Lunatic asylums Central Provinces reports 1910-1926 - 1910-1926
Year: 1910
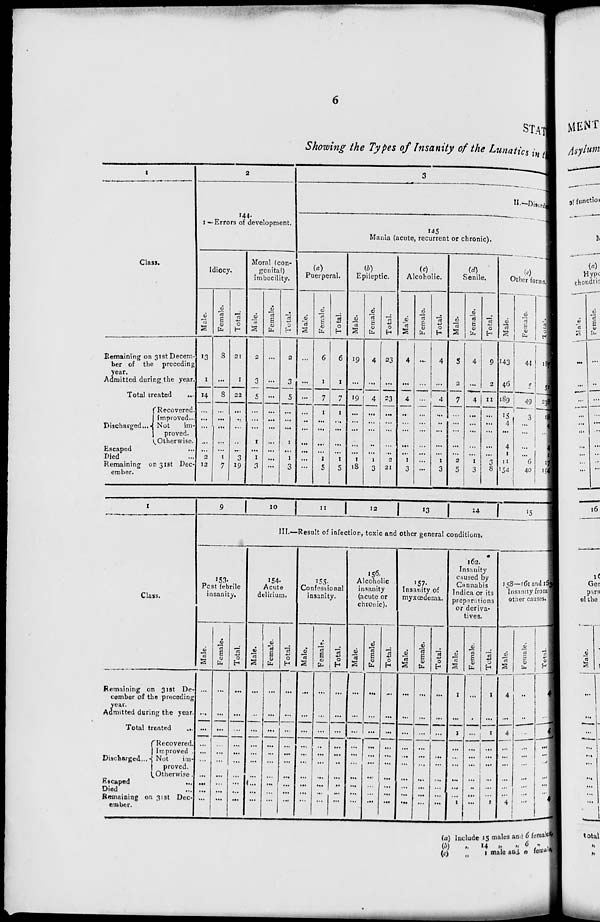
6
STATE
Showing the Types of Insanity of the Lunatics in the
1
Class.
Remaining on 31st Decem-
ber of the preceding
year.
Admitted during the year.
Total treated ...
Discharged...
Recovered.
Improved...
Not im-
proved.
Otherwise.
Escaped ...
Died ...
Remaining on 31st Dec-
ember.
2
144.
I —Errors of development.
Idiocy.
Male.
13
1
14
...
...
...
...
...
2
12
Female.
8
...
8
...
...
...
...
...
1
7
Total.
21
1
22
...
...
...
...
...
3
19
Moral (con-
genital)
imbecility.
Male.
2
3
5
...
...
...
1
...
1
3
Female.
...
...
...
...
...
...
...
...
...
...
Total.
2
3
5
...
...
...
1
...
1
3
3
II.—Disorder
145
Mania (acute, recurrent or chronic).
(a)
Puerperal.
Male.
...
...
...
...
..
...
...
...
...
...
Female.
6
1
7
1
...
...
...
...
1
5
Total.
6
1
7
1
...
...
...
...
1
5
(b)
Epileptic.
Male.
19
...
19
...
...
...
...
...
1
18
Female.
4
...
4
...
...
...
...
...
1
3
Total.
23
...
23
...
...
...
...
...
2
21
(c)
Alcoholic.
Male.
4
...
4
...
...
...
...
...
1
3
Female.
...
...
...
...
...
...
...
...
...
...
Total.
4
...
4
...
...
...
...
...
1
3
(d)
Senile.
Male.
5
2
7
...
...
...
...
...
2
5
Female.
4
...
4
...
...
...
...
...
1
3
Total.
9
2
11
...
...
...
...
...
3
8
(e)
Other forms.
Male.
143
46
189
15
4
...
4
1
11
154
Female.
44
5
49
3
...
...
...
...
6
40
Total.
187
51
238
18
4
4
1
17
194
1
Class.
Remaining on 31st De-
cember of the preceding
year.
Admitted during the year.
Total treated
...
Discharged...
Recovered.
Improved .
Not im-
proved.
Otherwise.
Escaped ...
Died ...
Remaining on 31st Dec-
ember.
9
10
11
12
13
14
15
III.—Result of infection, toxic and other general conditions.
153.
Post febrile
insanity.
Male.
...
...
...
...
...
...
...
...
...
...
Female.
...
...
...
...
...
...
...
...
...
...
Total.
...
...
...
...
...
...
...
...
...
...
154.
Acute
delirium.
Male.
...
...
...
...
...
...
...
...
...
...
Female.
...
...
...
...
...
...
...
...
...
...
Total.
...
...
...
...
...
...
...
...
...
...
155.
Confessional
insanity.
Male.
...
...
...
...
...
...
...
...
...
...
Female.
...
...
...
...
...
...
...
...
...
...
Total.
...
...
...
...
...
...
...
...
...
...
156.
Alcoholic
insanity
(acute or
chronic).
Male.
...
...
...
...
...
...
...
...
...
...
Female.
...
...
...
...
...
...
...
...
...
...
Total.
...
...
...
...
...
...
...
...
...
...
157.
Insanity of
myxœdema.
Male.
...
...
...
...
...
...
...
...
...
...
Female.
...
...
...
...
...
...
...
...
...
...
Total.
...
...
...
...
...
...
...
...
...
...
162.
Insanity
caused by
Cannabis
Indica or its
preparations
or deriva-
tives.
Male.
1
...
1
...
...
...
...
...
...
1
Female.
...
...
...
...
...
...
...
...
...
...
Total.
1
...
1
...
...
...
...
...
...
1
158—161 and 163
Insanity from
other causes.
Male.
4
...
4
...
...
...
...
...
...
4
Female.
...
...
...
...
...
...
...
...
...
...
Total.
4
...
4
...
...
...
...
...
...
4
(a) Include 15 males and 6 females,
(b) „ 14 „ „ 6 „
(c) „ 1 male and 0 female,